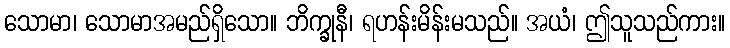
သောမာ၊ သောမာအမည်ရှိသော။ ဘိက္ခုနီ၊ ရဟန်းမိန်းမသည်။ အယံ၊ ဤသူသည်ကား။